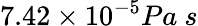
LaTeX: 7.42\times 10^{-5}Pa~s